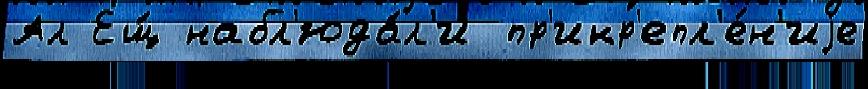
Ал Ещ́ набл'юда́л'и пр'икр'епл'е́н'иjе